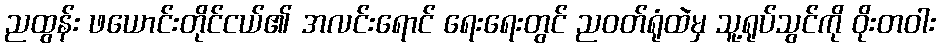
ညထွန်း ဖယောင်းတိုင်ငယ်၏ အလင်းရောင် ရေးရေးတွင် ညဝတ်ရုံထဲမှ သူ့ရုပ်သွင်ကို ဝိုးတဝါး